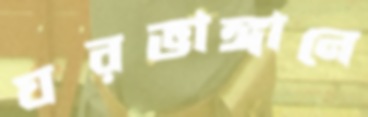
ঘরভাঙ্গানে